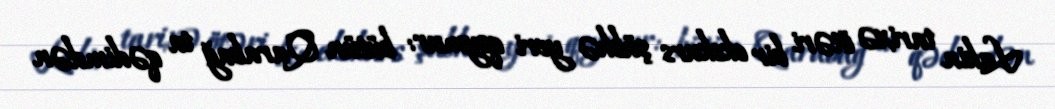
Lakin tarixə ötəri bir ekskurs şübhə yeri qoymur: bütün Qarabağ ta qədimdən